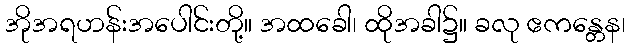
အိုအရဟန်းအပေါင်းတို့။ အထခေါ၊ ထိုအခါ၌။ ခလု ဧကန္တေန၊